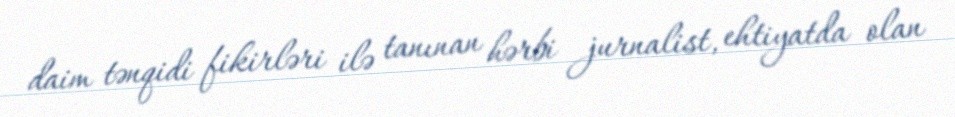
daim tənqidi fikirləri ilə tanınan hərbi jurnalist, ehtiyatda olan